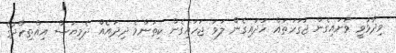
ވިދާޅުވީ ވަށައިގެން ޖަގަހަތައް ހަދައިގެން ލަވަ ޖަހައިގެން ކިތަންމެ ދިދައެއް ދެމިޔަސް އިއްތިހާދުގެ